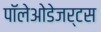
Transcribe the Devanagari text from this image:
पॉलेओडेजर्टस